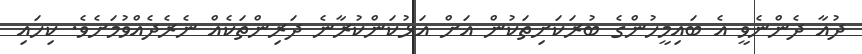
ދުއާ ދެންނެވީ އެ ބައިމީހުންގެ ބުރަކަށިތަކުން އަށް އަޅުކަންކުރާނެ ދަރިންތަކެއް ނެރެދެއްވުމަށެވެ. ކިހައި